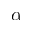
\alpha